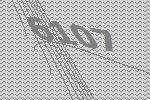
6107